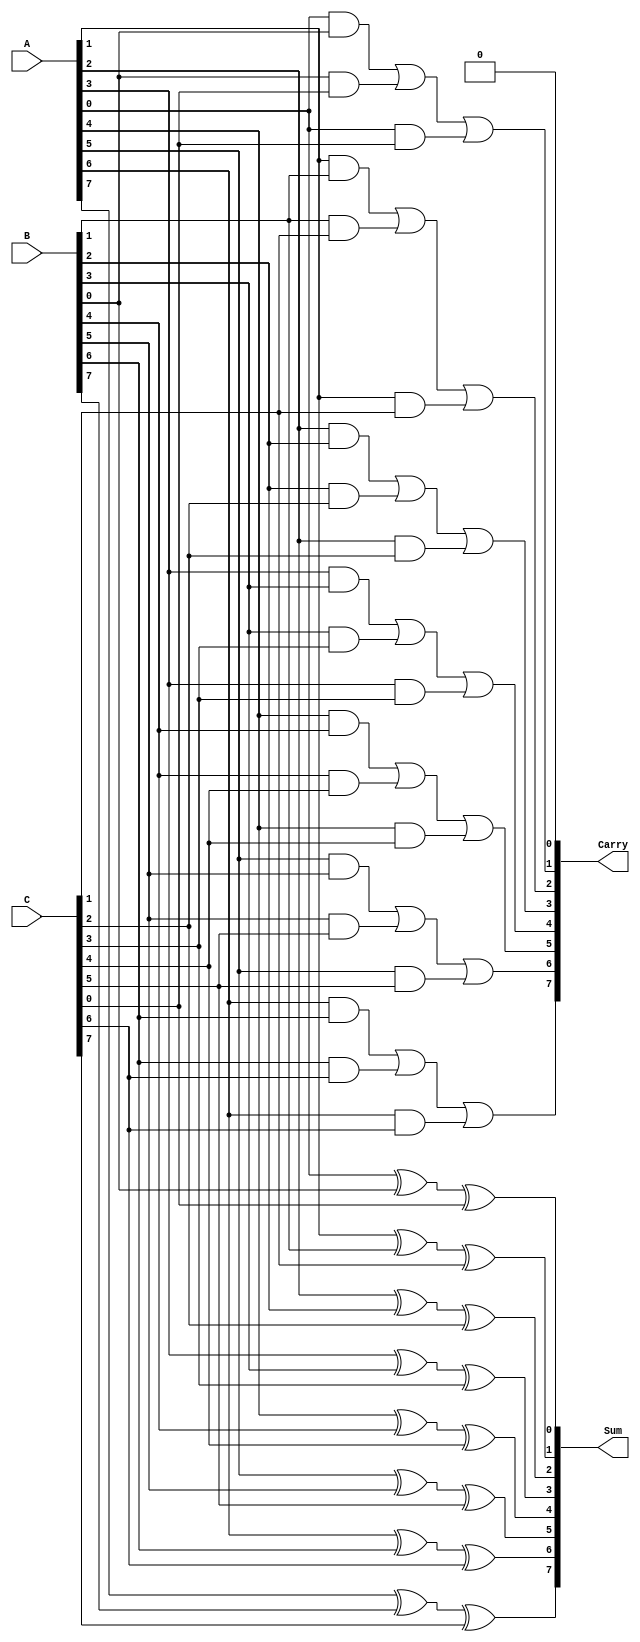
module CarrySaveAdder #(parameter N = 8) (
    input  wire [N-1:0] A,  // First operand
    input  wire [N-1:0] B,  // Second operand
    input  wire [N-1:0] C,  // Third operand
    output wire [N-1:0] Sum, // Preliminary sum output
    output wire [N-1:0] Carry // Carry output
);

genvar i;
generate
    // Compute Sum and Carry for each bit
    for (i = 0; i < N; i = i + 1) begin: CSA
        // Calculate the preliminary sum S[i]
        assign Sum[i] = A[i] ^ B[i] ^ C[i];
        
        // Calculate the carry C[i+1] for next bit (note handling for last bit)
        if (i < N-1) begin
            assign Carry[i + 1] = (A[i] & B[i]) | (B[i] & C[i]) | (A[i] & C[i]);
        end else begin
            assign Carry[i + 1] = (A[i] & B[i]) | (B[i] & C[i]) | (A[i] & C[i]); // Last carry bit
        end
    end
endgenerate

// The least significant bit (LSB) of the carry is not used, it's a dummy
assign Carry[0] = 1'b0; // Initial carry is assumed to be 0

endmodule